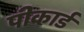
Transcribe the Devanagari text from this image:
पीकार्ड